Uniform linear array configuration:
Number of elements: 32
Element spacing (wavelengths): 0.75
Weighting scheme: hamming
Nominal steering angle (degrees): -15
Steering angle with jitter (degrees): -14.397
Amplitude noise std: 0.05
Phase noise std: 0.05

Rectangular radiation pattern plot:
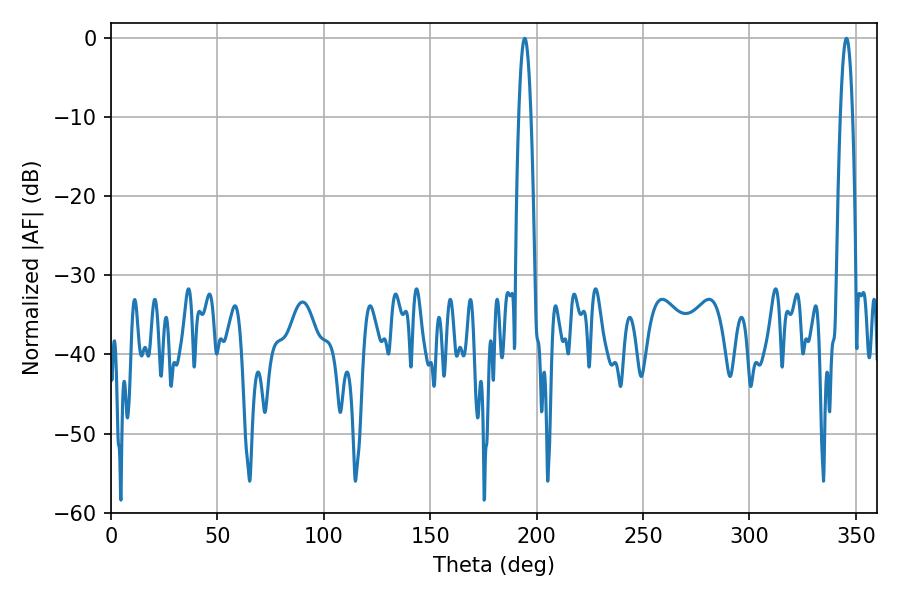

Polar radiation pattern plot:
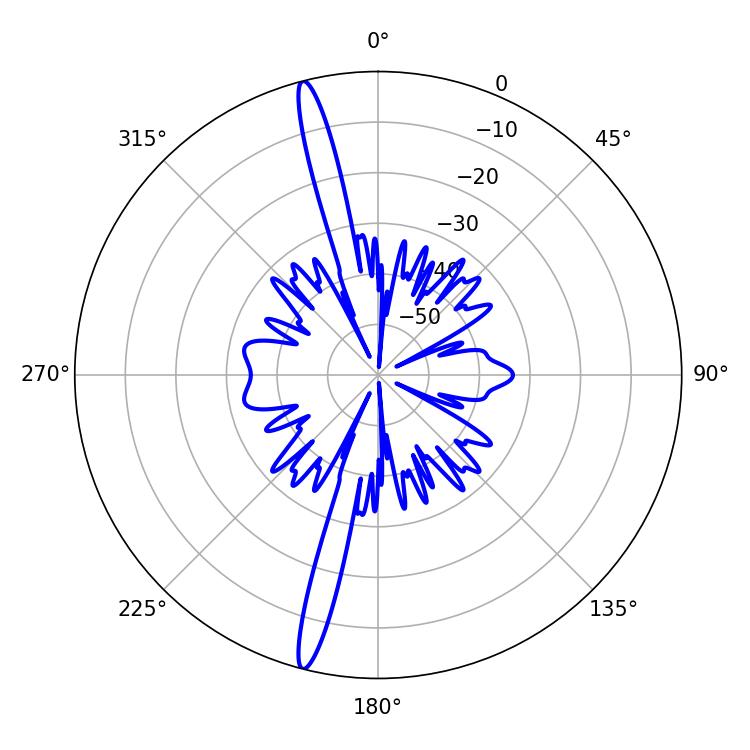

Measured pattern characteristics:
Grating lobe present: TRUE
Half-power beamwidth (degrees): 3.24
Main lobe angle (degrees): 194.4